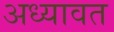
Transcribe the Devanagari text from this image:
अध्यावत